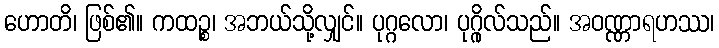
ဟောတိ၊ ဖြစ်၏။ ကထဉ္စ၊ အဘယ်သို့လျှင်။ ပုဂ္ဂလော၊ ပုဂ္ဂိုလ်သည်။ အဝဏ္ဏာရဟဿ၊